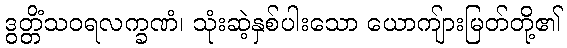
ဒွတ္တိံသဝရလက္ခဏံ၊ သုံးဆဲ့နှစ်ပါးသော ယောကျ်ားမြတ်တို့၏